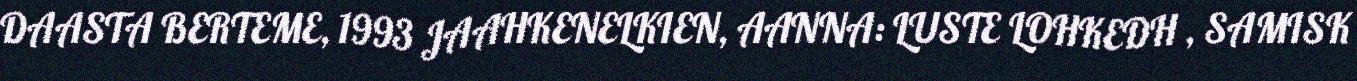
DAASTA BERTEME, 1993 JAAHKENELKIEN, AANNA: LUSTE LOHKEDH , SAMISK